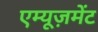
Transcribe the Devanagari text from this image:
एम्यूज़मेंट